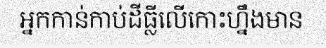
អ្នកកាន់កាប់ដីធ្លីលើកោះហ្នឹងមាន